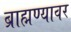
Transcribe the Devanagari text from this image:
ब्राह्मण्यावर